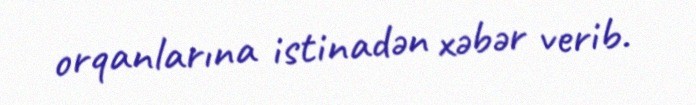
orqanlarına istinadən xəbər verib.